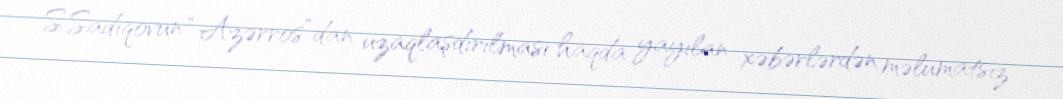
S.Sadıqovun “Azərros”dan uzaqlaşdırılması haqda yayılan xəbərlərdən məlumatsız